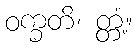
ဝက္ခတိ၊ တ္တံ့။